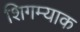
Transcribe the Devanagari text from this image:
शिगम्याक